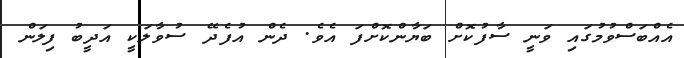
އެއްބަސްވުމުގައި ވަނީ ސާފުކޮށް ބަޔާންކޮށްފަ އެވެ. ދެން އުފެދޭ ސުވާލަކީ އަދީބު ފިލަން